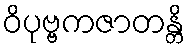
ဝိပုဗ္ဗကဇာတန္တိ